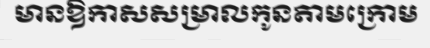
មានឱកាសសម្រាលកូនតាមក្រោម